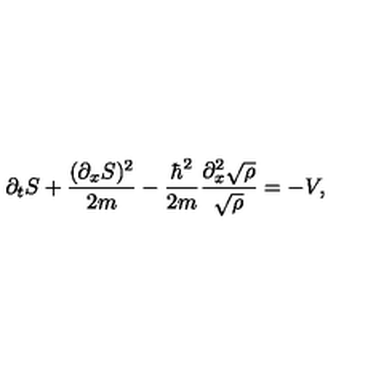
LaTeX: \partial _ { t } S + \frac { ( \partial _ { x } S ) ^ { 2 } } { 2 m } - \frac { \hbar ^ { 2 } } { 2 m } \frac { \partial _ { x } ^ { 2 } \sqrt { \rho } } { \sqrt { \rho } } = - V ,